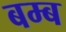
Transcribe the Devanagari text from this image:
बम्‍ब